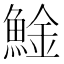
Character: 𩸱